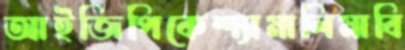
আইজিপিকেশ্যামালিমাবি